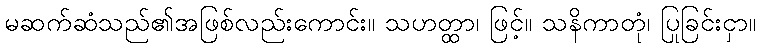
မဆက်ဆံသည်၏အဖြစ်လည်းကောင်း။ သဟတ္ထာ၊ ဖြင့်။ သနိကာတုံ၊ ပြုခြင်းငှာ။